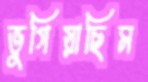
ভুগিয়াছিস